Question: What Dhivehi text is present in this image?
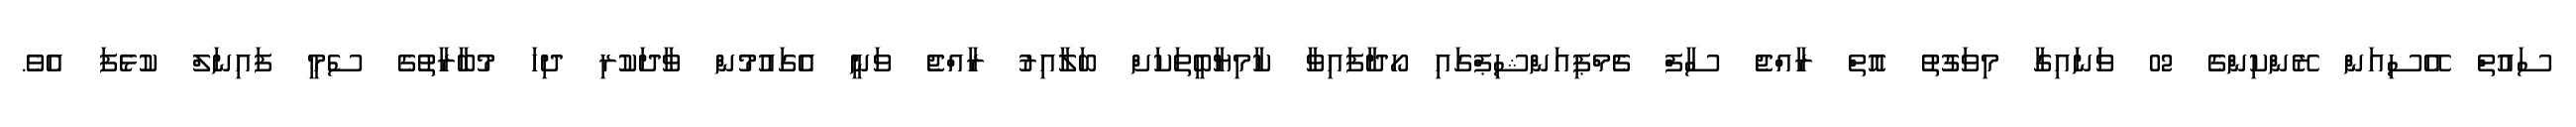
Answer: ސައުތް އޭސިއަން ރޭންކިންގެ 02 ވަނައިގާ މިވަގުތު އޮތް ރާއްޖެ ސާފް ޗެމްޕިއަންޝިޕްގައި ހޯދާފައިވާ ކާމިޔާބީތަކަށް ބަލާއިރު ރާއްޖެ ވަނީ އެގައުމުން ވާދަކުރި ދިހަ މުބާރާތުގެ ސެމީ ފައިނަލް ކުޅެފަ އެވެ.